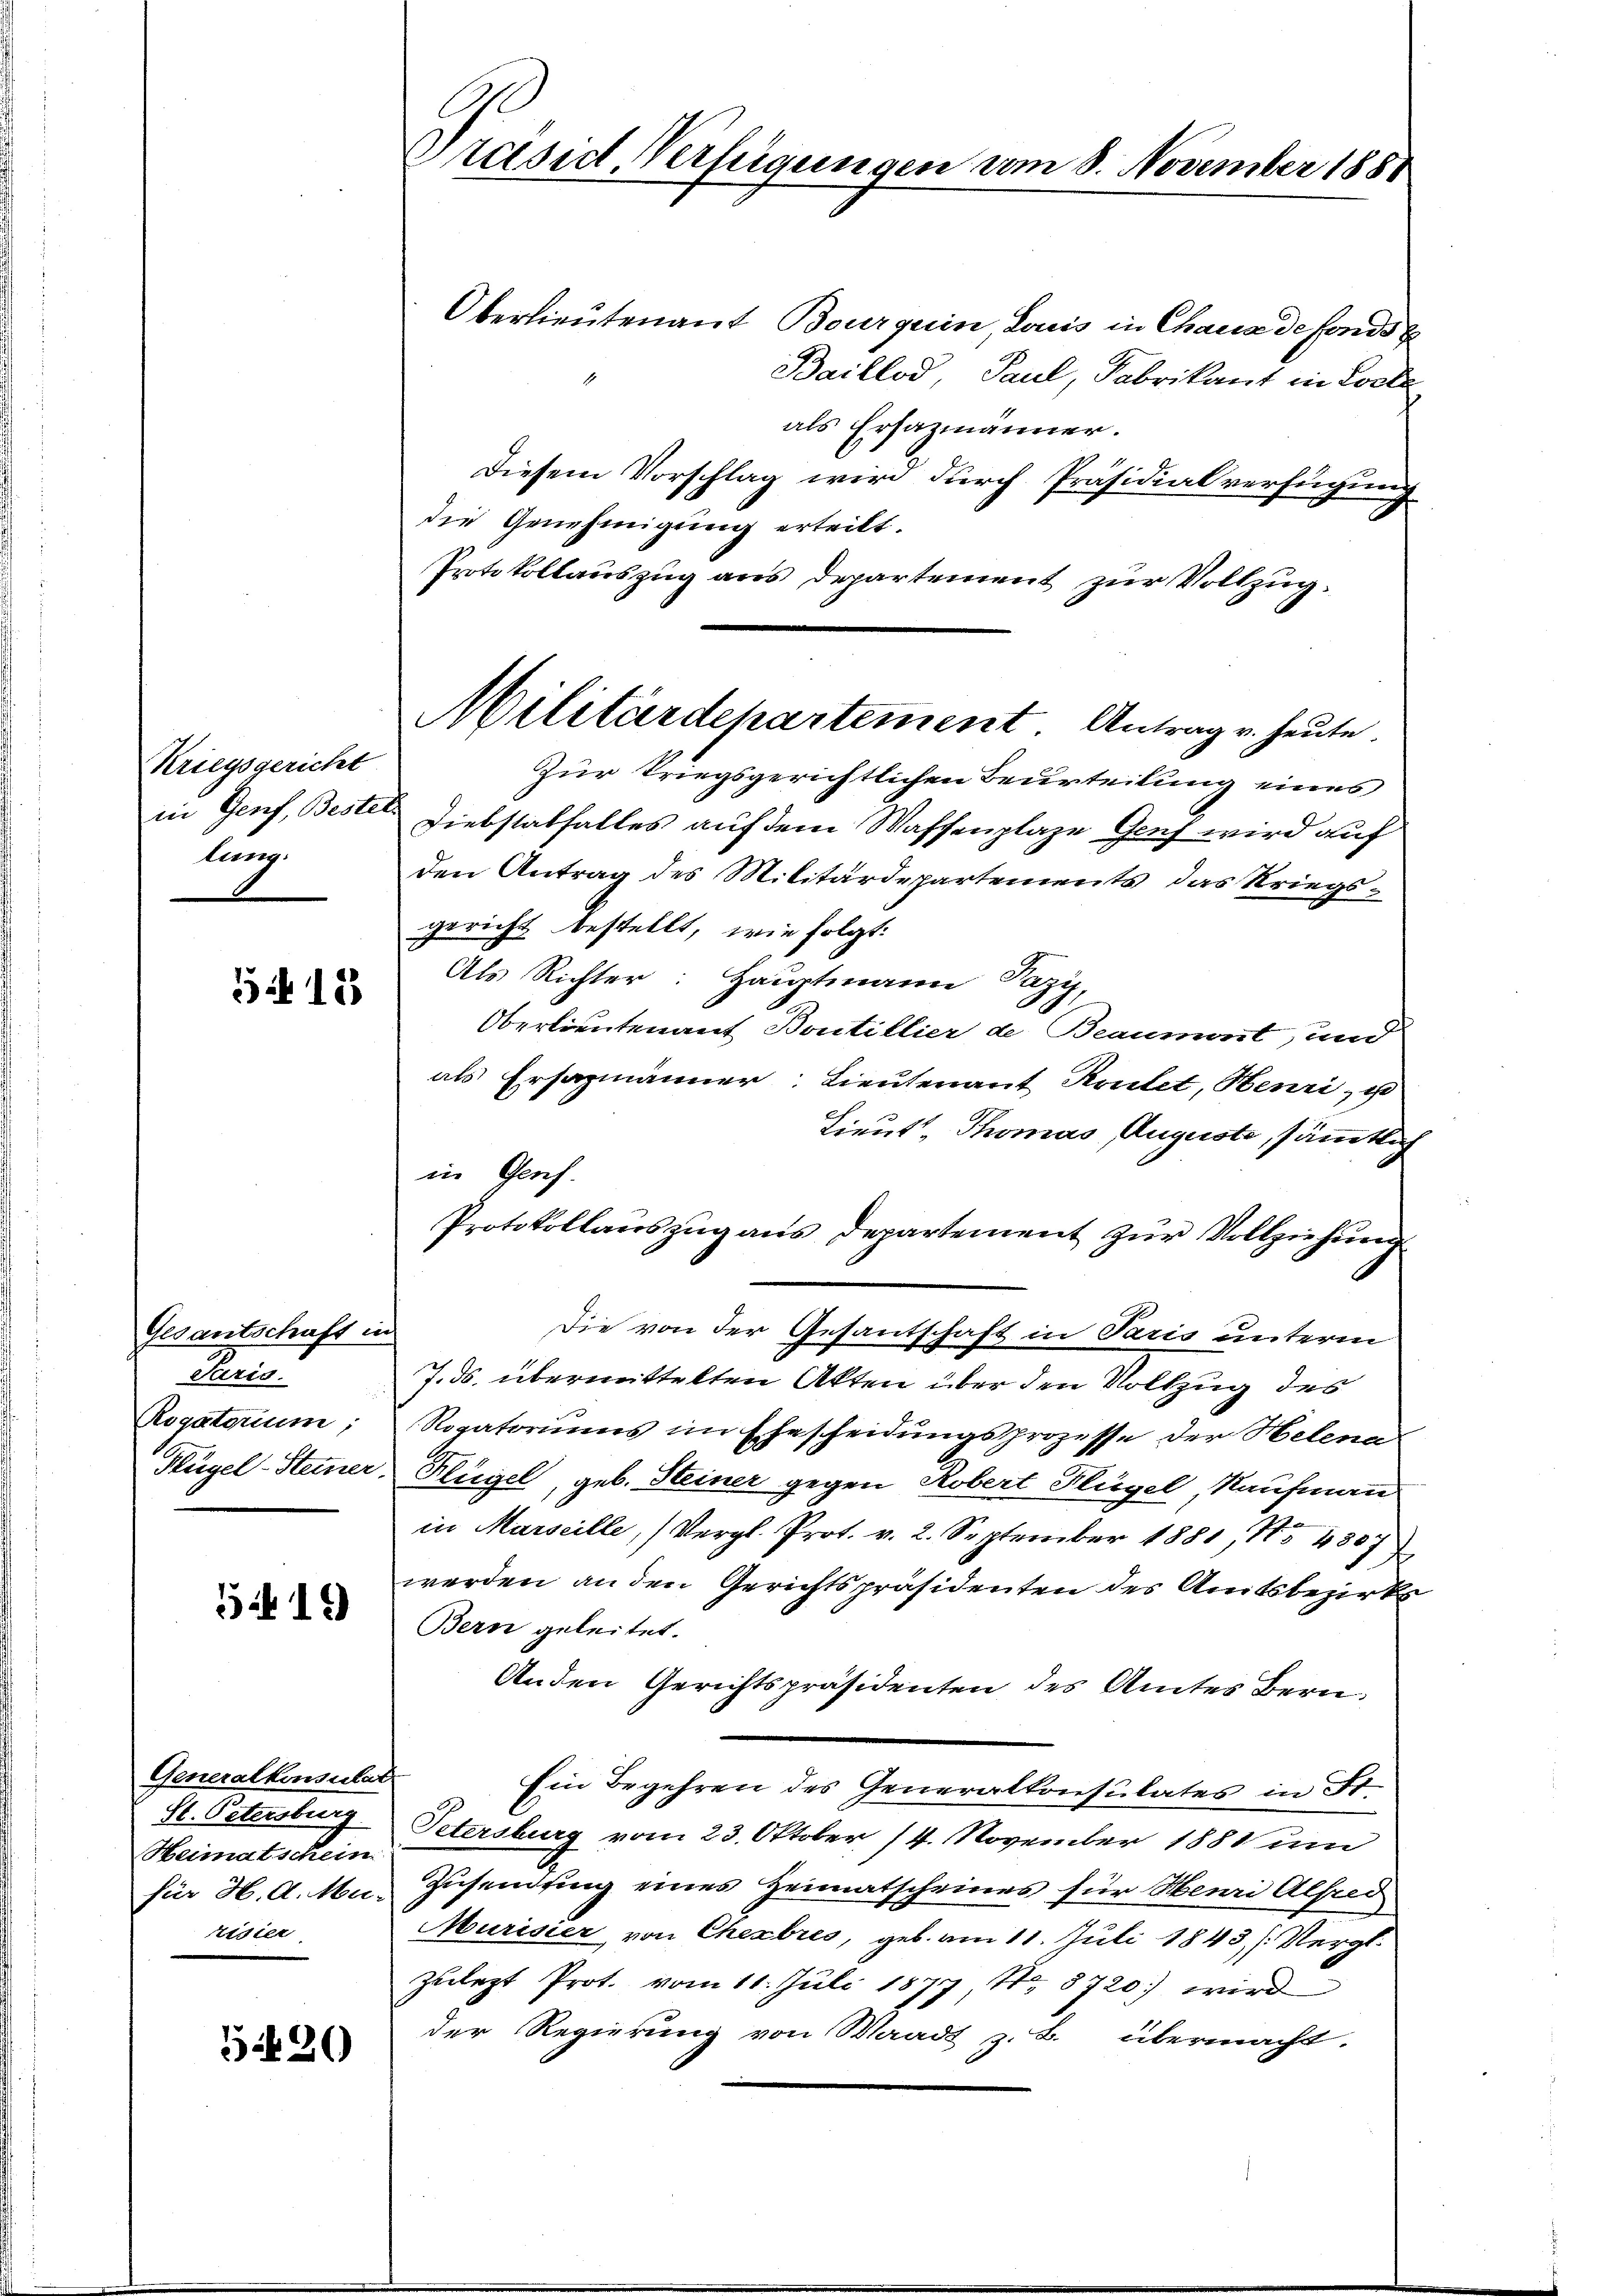
Kriegsgericht
in Genf, Bester.
tung.

515

Gesantschaft in
Puris
Rogatorium,
Flügel-Steiner.

5419

Generalkonsulat
St. Petersburg
Heimatschein
für H. d. Mu-
Nidier

520

Prased Verfügungen vom 8. November 1881

Oberlieutenant Bourquin Louis in Chaux de fonds z
Baillod, Paul, Fabrikant in Losle
als Ersazmänner.
Diesem Vorschlag wird durch Präsidialverfügung
die Genehmigung erteilt.
Protokollauszug aus Departement zur Vollzug.
Zur kriegsgerichtlichen Beurteilung eines
Diebstatfalles auf dem Waffenplaze Genf wird auf
den Antrag des Militärdepartements das Kriegsgericht bestellt, wie folgt:
Als Richter: Hauptmann Pazy,
Oberlieutenant Bontillier de Beaumont, und
als Ersazmänner: Lieutenant Routet, Henri, u
Lieut. Thomas Auguste, sämmtlich
in Genf.
Protokollanszŭg ans Departement zŭr Vollziehŭng
Die von der Gesantschaft in Paris unterm
7.ds. übermittelten Akten über den Vollzug des
Rogatoriums im Ehescheidungsprozesse der Helena
Klügel, geb. Steiner gegen Robert Flügel, Kaufmann
in Marseille, (Vergl. Prot. v. 2. September 1881, No 4887
werden an den Gerichtspräsidenten des Amtsbezirks
Bern geleitet.
Anden Gerichtspräsidenten des Amtes Bern
Ein Begehren des Generalkonsulates in St.
Petersburg vom 23. Oktober 14. November 1881 um
Zusendung eines Heimatscheines für Henri Alfred
Murisier von Chexbres, geb. am 11. Juli 1843 (Vergl.
Zulezt Prot. vom 11. Juli 1877 Nr. 8720) wird
der Regierung von Waadt z. B. übermacht.

Militärdepartement Antrag u. heute.